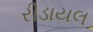
રીડાયલ